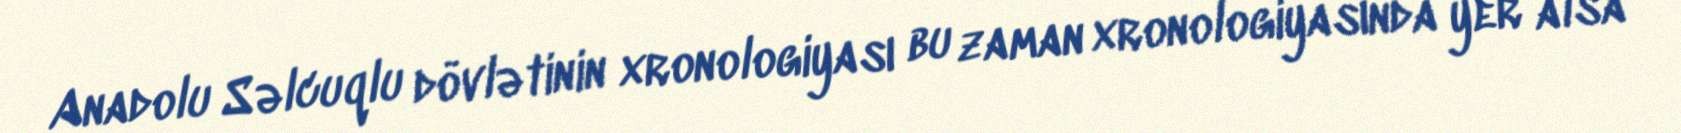
Anadolu Səlcuqlu dövlətinin xronologiyası bu zaman xronologiyasında yer alsa